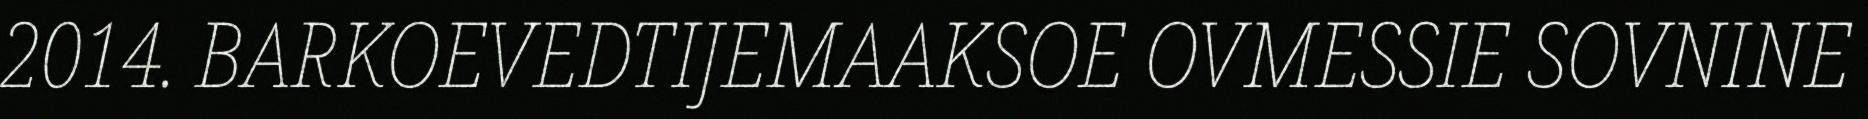
2014. BARKOEVEDTIJEMAAKSOE OVMESSIE SOVNINE